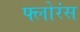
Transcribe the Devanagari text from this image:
फ्लोरंस